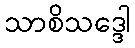
သာစိသဒ္ဒေါ